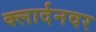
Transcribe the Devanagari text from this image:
क्लार्दनवर